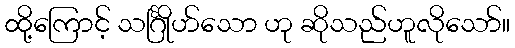
ထို့ကြောင့် သင်္ဂြိုဟ်သော ဟု ဆိုသည်ဟူလိုသော်။